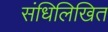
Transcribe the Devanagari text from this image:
संधिलिखित